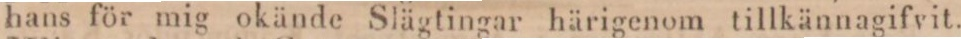
hans för mig okände Slägtingar härigenom tillkännagifvit.